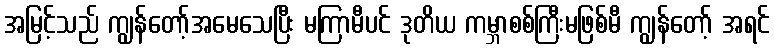
အမြင့်သည် ကျွန်တော့်အမေသေပြီး မကြာမီပင် ဒုတိယ ကမ္ဘာစစ်ကြီးမဖြစ်မီ ကျွန်တော့် အရင်